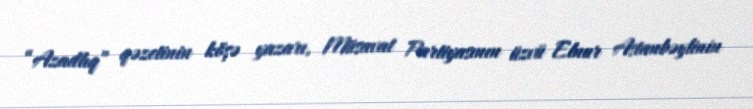
“Azadlıq” qəzetinin köşə yazarı, Müsavat Partiyasının üzvü Elnur Astanbəylinin